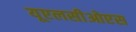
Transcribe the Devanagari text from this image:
यूएलसीओएस